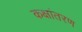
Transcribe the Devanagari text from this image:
कक्षांतरण